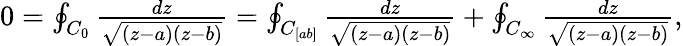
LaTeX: \begin{array}{r}{0=\oint_{C_{0}}\frac{dz}{\sqrt{(z-a)(z-b)}}=\oint_{C_{[ab]}}\frac{dz}{\sqrt{(z-a)(z-b)}}+\oint_{C_{\infty}}\frac{dz}{\sqrt{(z-a)(z-b)}},}\end{array}